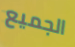
الجميع